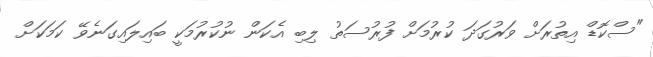
"ސްކޮޑް އިތުރަށް ވަރުގަދަ ކުރުމަށް ފުރުސަތު ލިބި އެކަން ނުކުރުމަކީ ބައިލައިގަނެވޭ ކަމަކަށް